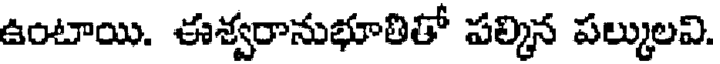
ఉంటాయి. ఈశ్వరానుభూతితో పల్కిన పల్కులవి.